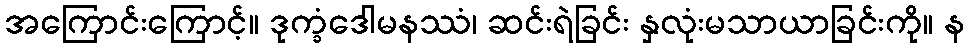
အကြောင်းကြောင့်။ ဒုက္ခံဒေါမနဿံ၊ ဆင်းရဲခြင်း နှလုံးမသာယာခြင်းကို။ န